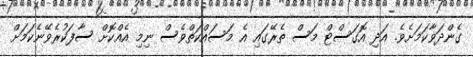
ގެންދަވާކަމަށެވެ. އަދި އޮގަސްޓް މަސް ތެރޭގައި އެ މަސައްކަތްވެސް ނިމި އެއްކޮށް ސާފަކުރެވޭނެކަމަށް